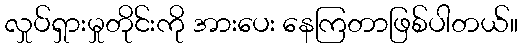
လှုပ်ရှားမှုတိုင်းကို အားပေး နေကြတာဖြစ်ပါတယ်။